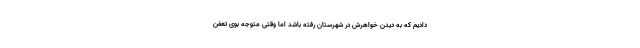
دادیم که به دیدن خواهرش در شهرستان رفته باشد اما وقتی متوجه بوی تعفن